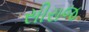
સીરાજ